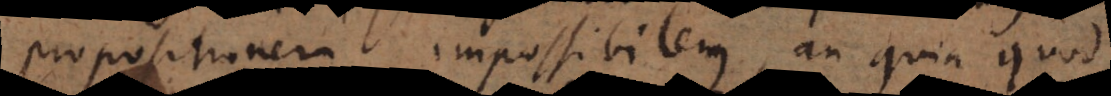
propositionem impossibilem, an quia quod